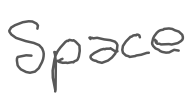
Text: Space
Cross-out: clean
Writing tool: digital_gray